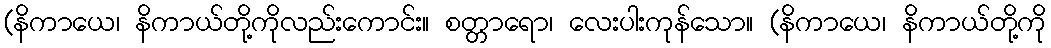
(နိကာယေ၊ နိကာယ်တို့ကိုလည်းကောင်း။ စတ္တာရော၊ လေးပါးကုန်သော။ (နိကာယေ၊ နိကာယ်တို့ကို